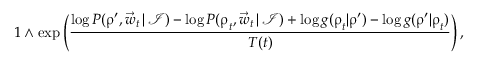
1 \wedge \exp \left( \frac { \log P ( \boldsymbol \uprho ^ { \prime } , \vec { w } _ { t } \, | \, \mathcal I ) - \log P ( \boldsymbol \uprho _ { t } , \vec { w } _ { t } \, | \, \mathcal I ) + \log g ( \boldsymbol \uprho _ { t } | \boldsymbol \uprho ^ { \prime } ) - \log g ( \boldsymbol \uprho ^ { \prime } | \boldsymbol \uprho _ { t } ) } { T ( t ) } \right) ,